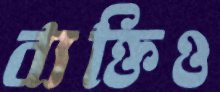
ব্যক্তিও